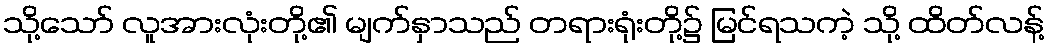
သို့သော် လူအားလုံးတို့၏ မျက်နှာသည် တရားရုံးတို့၌ မြင်ရသကဲ့ သို့ ထိတ်လန့်